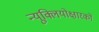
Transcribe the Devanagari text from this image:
न्यूक्लियोक्षारकों